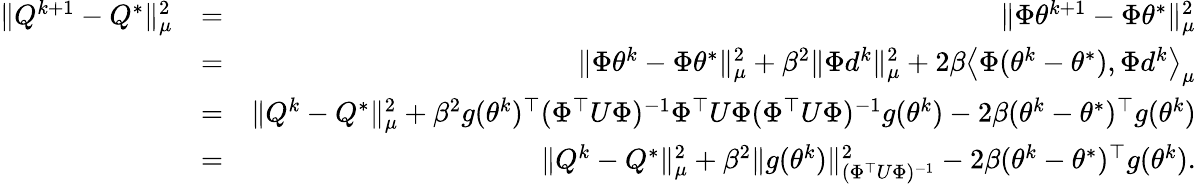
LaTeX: \begin{array}{rlr}{\| Q^{k+1}-Q^{*}\| _{\mu}^{2}}&{=}&{\| \Phi\theta^{k+1}-\Phi\theta^{*}\| _{\mu}^{2}}\\ &{=}&{\| \Phi\theta^{k}-\Phi\theta^{*}\| _{\mu}^{2}+\beta^{2}\| \Phi d^{k}\| _{\mu}^{2}+2\beta\left<\Phi(\theta^{k}-\theta^{*}),\Phi d^{k}\right>_{\mu}}\\ &{=}&{\| Q^{k}-Q^{*}\| _{\mu}^{2}+\beta^{2}g(\theta^{k})^{\top}(\Phi^{\top}U\Phi)^{-1}\Phi^{\top}U\Phi(\Phi^{\top}U\Phi)^{-1}g(\theta^{k})-2\beta(\theta^{k}-\theta^{*})^{\top}g(\theta^{k})}\\ &{=}&{\| Q^{k}-Q^{*}\| _{\mu}^{2}+\beta^{2}\| g(\theta^{k})\| _{(\Phi^{\top}U\Phi)^{-1}}^{2}-2\beta(\theta^{k}-\theta^{*})^{\top}g(\theta^{k}).}\end{array}